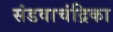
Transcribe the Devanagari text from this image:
संडवाचंद्रिका